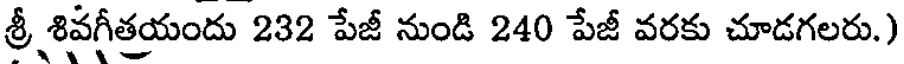
శ్రీ శివగీతయందు 232 పేజీ నుండి 240 పేజీ వరకు చూడగలరు.)